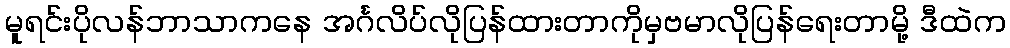
မူရင်းပိုလန်ဘာသာကနေ အင်္ဂလိပ်လိုပြန်ထားတာကိုမှဗမာလိုပြန်ရေးတာမို့ ဒီထဲက